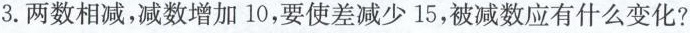
3.两数相减，减数增加10，要使差减少15，被减数应有什么变化?